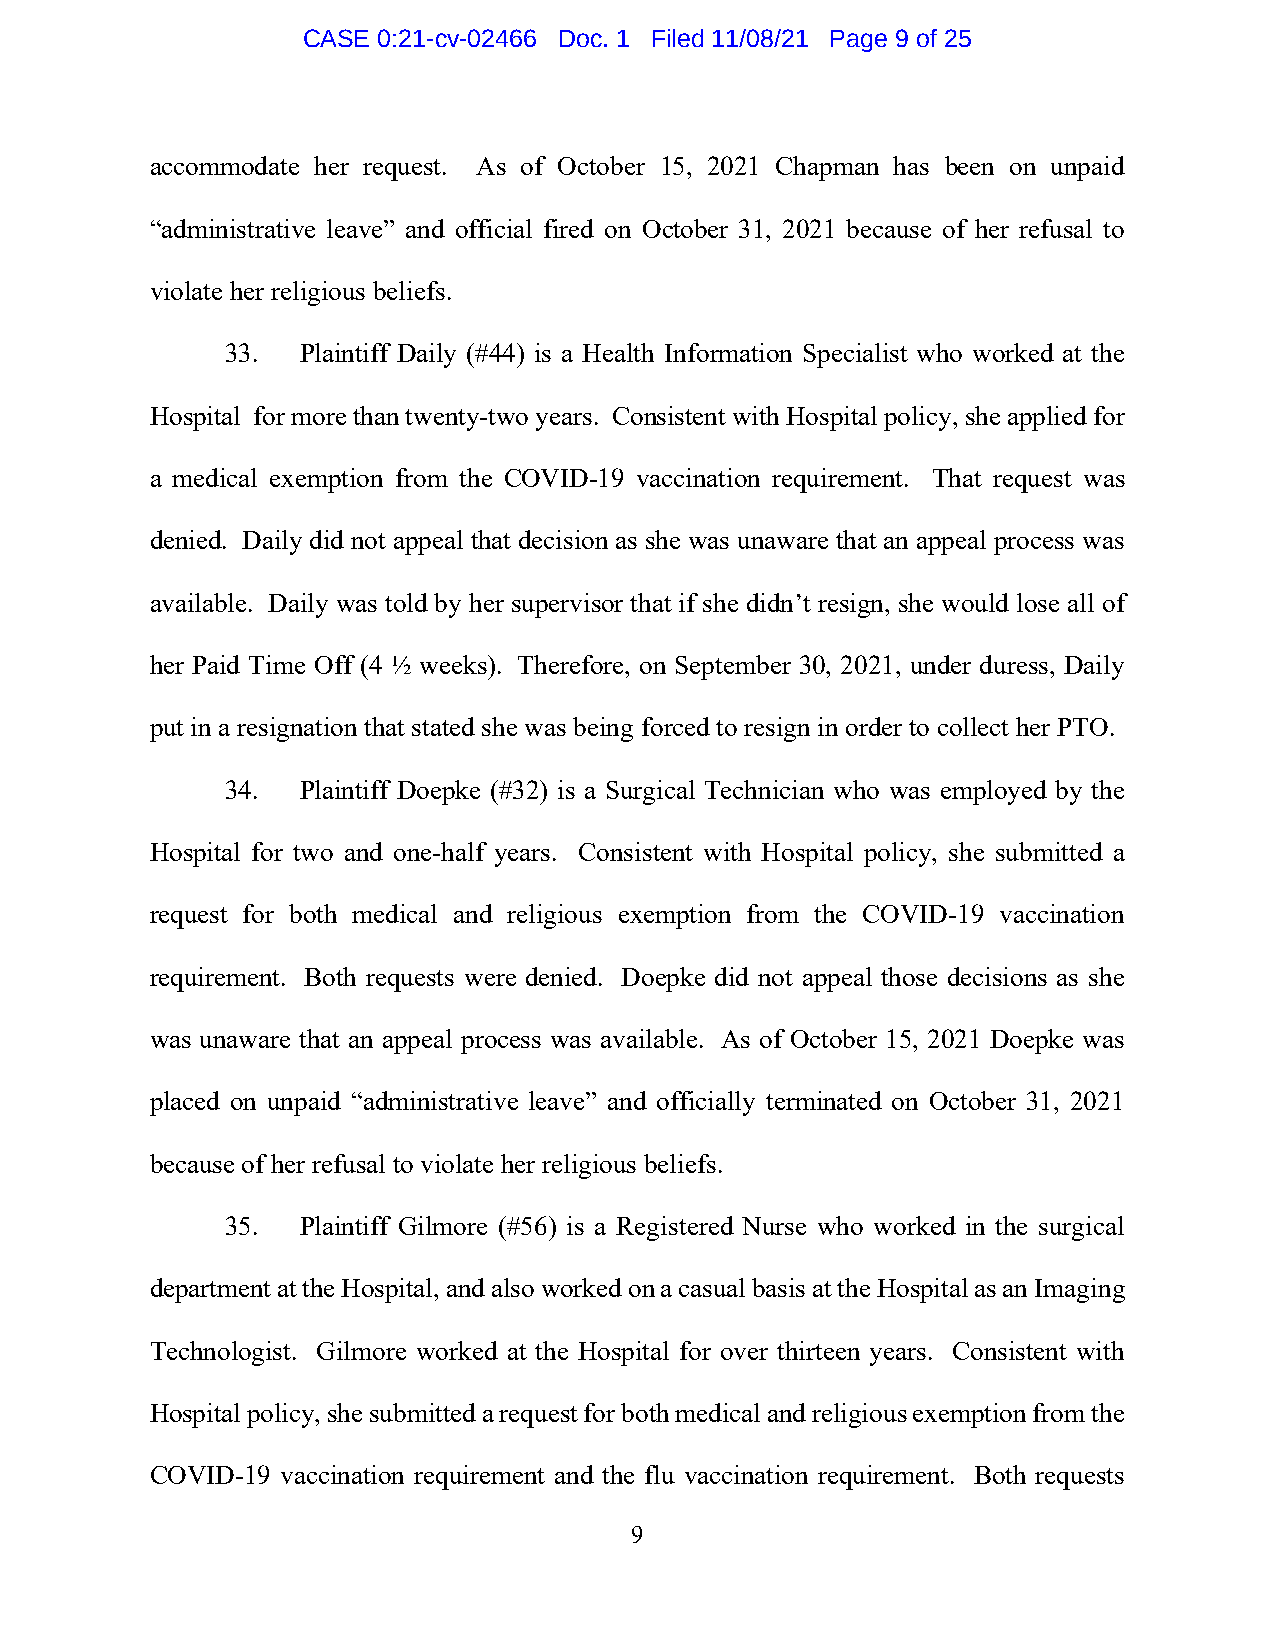
CASE 0:21-cv-02466 Doc. 1 Filed 11/08/21 Page 9 of 25
 accommodate her request. As of October 15, 2021 Chapman has been on unpaid
 “administrative leave” and official fired on October 31, 2021 because of her refusal to
 violate her religious beliefs.
 33.  Plaintiff Daily (#44) is a Health Information Specialist who worked at the
 Hospital for more than twenty-two years. Consistent with Hospital policy, she applied for
 a medical exemption from the COVID-19 vaccination requirement. That request was
 denied. Daily did not appeal that decision as she was unaware that an appeal process was
 available. Daily was told by her supervisor that if she didn’t resign, she would lose all of
 her Paid Time Off (4 ½ weeks). Therefore, on September 30, 2021, under duress, Daily
 put in a resignation that stated she was being forced to resign in order to collect her PTO.
 34.  Plaintiff Doepke (#32) is a Surgical Technician who was employed by the
 Hospital for two and one-half years. Consistent with Hospital policy, she submitted a
 request for both medical and religious exemption from the COVID-19 vaccination
 requirement. Both requests were denied. Doepke did not appeal those decisions as she
 was unaware that an appeal process was available. As of October 15, 2021 Doepke was
 placed on unpaid “administrative leave” and officially terminated on October 31, 2021
 because of her refusal to violate her religious beliefs.
 35.  Plaintiff Gilmore (#56) is a Registered Nurse who worked in the surgical
 department at the Hospital, and also worked on a casual basis at the Hospital as an Imaging
 Technologist. Gilmore worked at the Hospital for over thirteen years. Consistent with
 Hospital policy, she submitted a request for both medical and religious exemption from the
 COVID-19 vaccination requirement and the flu vaccination requirement. Both requests
 9